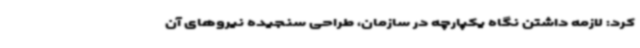
کرد: لازمه داشتن نگاه یکپارچه در سازمان، طراحی سنجیده نیروهای آن